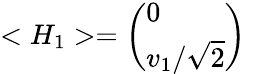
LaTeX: <H_{1}>=\left(\begin{array}{l}{{0}}\\ {{v_{1}/\sqrt{2}}}\end{array}\right)\;